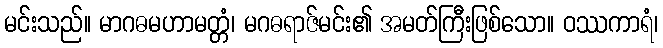
မင်းသည်။ မာဂဓမဟာမတ္တံ၊ မဂဓရာဇ်မင်း၏ အမတ်ကြီးဖြစ်သော။ ဝဿကာရံ၊